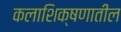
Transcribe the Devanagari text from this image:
कलाशिक्षणातील